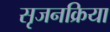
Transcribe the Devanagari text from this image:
सृजनक्रिया